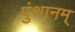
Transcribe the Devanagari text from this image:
पुंथानम्